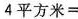
$$4 平 方 米 =